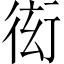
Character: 衒